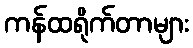
ကန်ထရိုက်တာများ